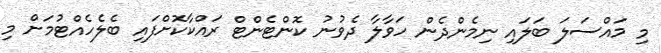
މި މައްސަލަ ބަލައި ނިމެންދެން ހަވާލާ ދެވުނު ކޮންޓެންޓް ރައްކާކޮށްފައި ބެލެހެއްޓުމަށް މި